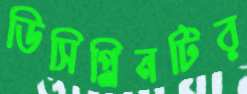
ডিসিপ্লিনটির